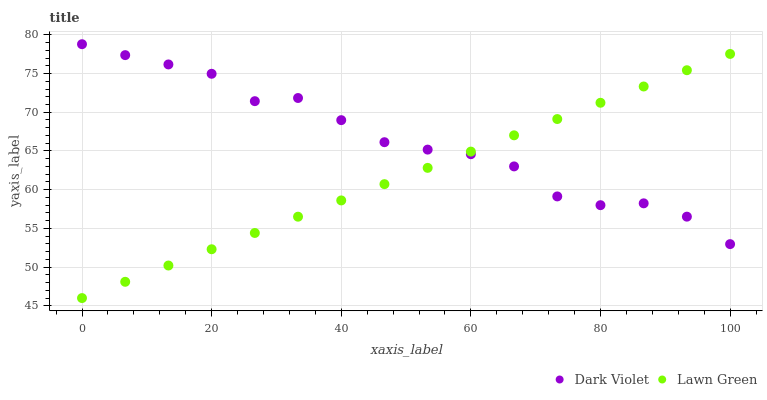
| xaxis_label | Dark Violet | Lawn Green |
 | --- | --- | --- |
 | 0 | 78.8 | 46 |
 | 6.67 | 77.4 | 48.1 |
 | 13.3 | 76.2 | 50.2 |
 | 20 | 75 | 52.3 |
 | 26.7 | 71.4 | 54.4 |
 | 33.3 | 71.8 | 56.5 |
 | 40 | 69 | 58.6 |
 | 46.7 | 66.1 | 60.7 |
 | 53.3 | 65.2 | 62.8 |
 | 60 | 64.6 | 64.9 |
 | 66.7 | 63 | 67 |
 | 73.3 | 59.1 | 69.1 |
 | 80 | 58 | 71.2 |
 | 86.7 | 58.2 | 73.3 |
 | 93.3 | 56.5 | 75.4 |
 | 100 | 53 | 77.5 |